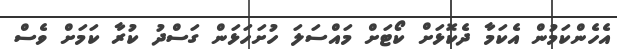
އެހެންކަމުން އެކަމާ ދެކޮޅަށް ކޯޓަށް މައްސަލަ ހުށަހަޅަން ގަސްދު ކުރާ ކަމަށް ވެސް